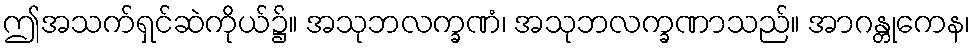
ဤအသက်ရှင်ဆဲကိုယ်၌။ အသုဘလက္ခဏံ၊ အသုဘလက္ခဏာသည်။ အာဂန္တုကေန၊